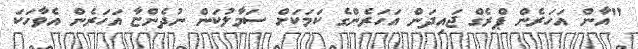
"އާން އަހަރެން ޕްރެގް ޖައިދަން އަހަރެންގެ ކަމަކަށް ސަމާލުކަން ނުދެންޏާ އަހަރެން އެވާހަކަ